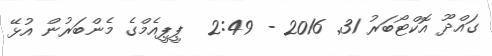
ގައްދޫ އޮކްޓޯބަރު 31